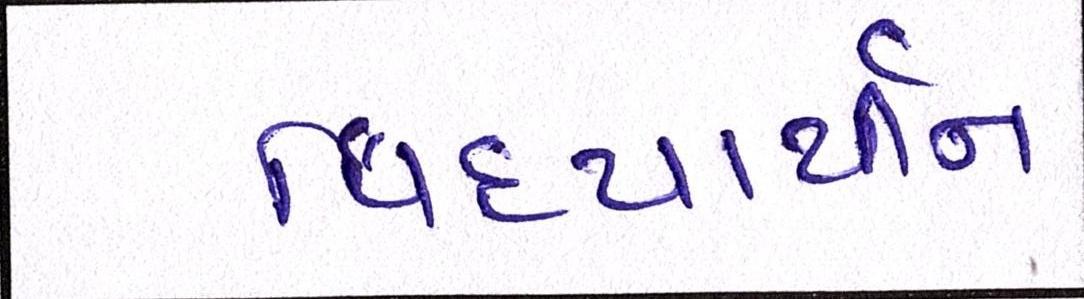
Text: વિદ્યાર્થીને